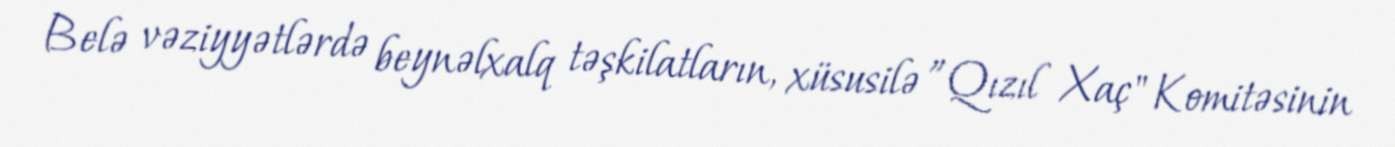
Belə vəziyyətlərdə beynəlxalq təşkilatların, xüsusilə ”Qızıl Xaç" Komitəsinin